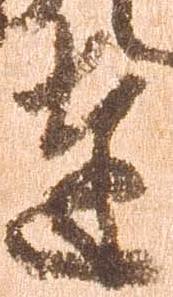
達